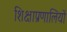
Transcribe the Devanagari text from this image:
शिक्षाप्रणालियों